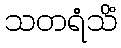
သတရံသိံ